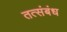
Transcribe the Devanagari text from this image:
तत्संबंध